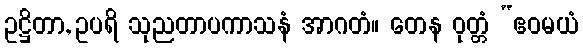
ဥဋ္ဌိတာ, ဥပရိ သုညတာပကာသနံ အာဂတံ။ တေန ဝုတ္တံ “ဧဝမယံ